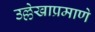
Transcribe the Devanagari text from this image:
उल्लेखाप्रमाणे